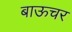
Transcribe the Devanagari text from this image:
बाऊचर